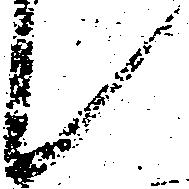
候